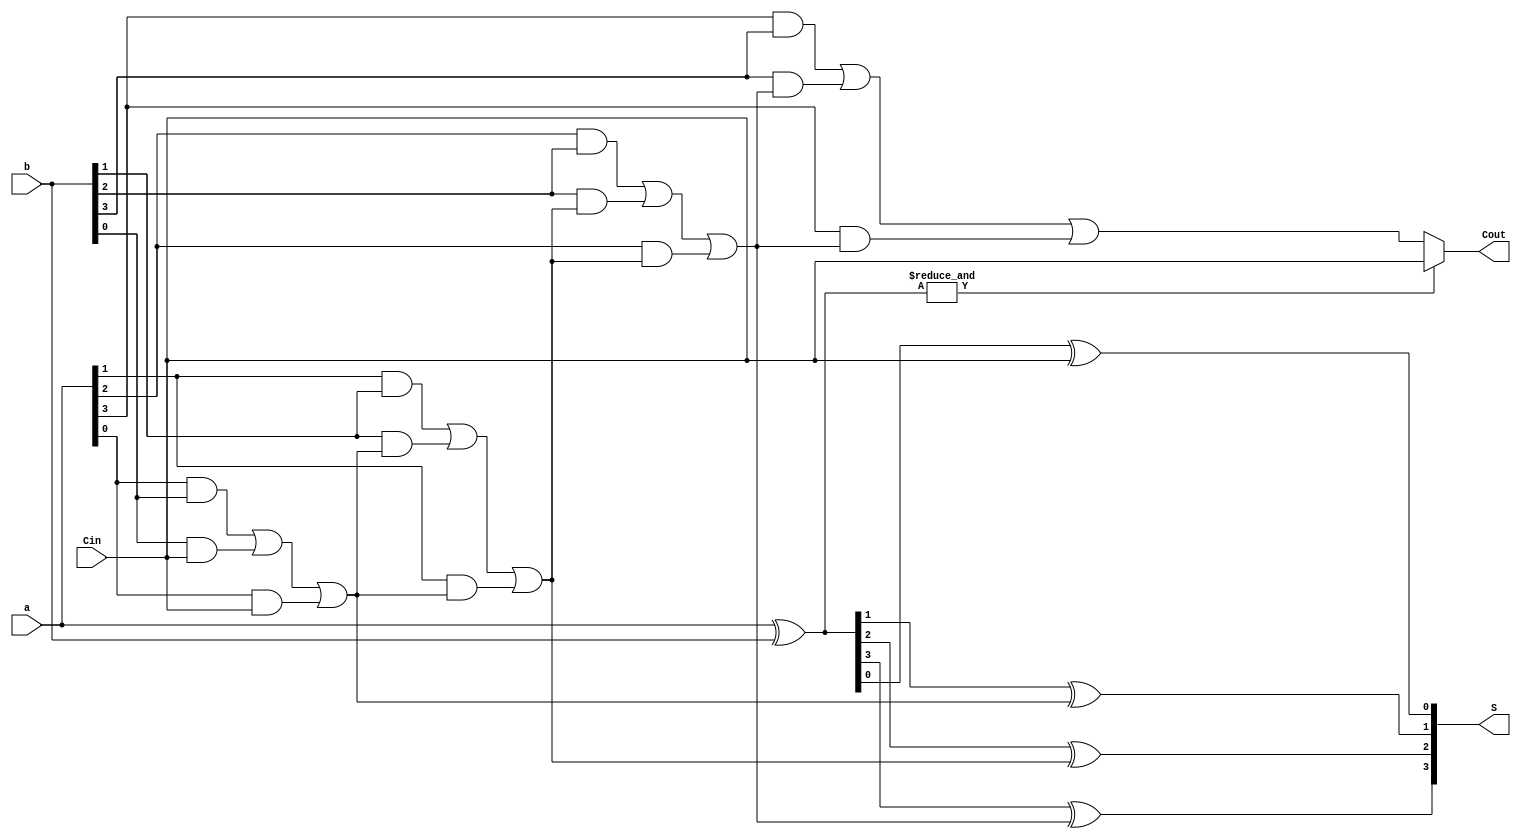
module CarryByPassAdder_4Bit(
	input [3:0]a,
	input [3:0]b,
	input Cin,
	output [3:0]S,
	output Cout
);

	wire [4:0] Carry;
	wire [3:0] P;
	wire Select;

	assign P = a ^ b;
	assign Select = &P;
	assign Carry[0] = Cin;

	genvar i;
	generate
		for(i = 0; i < 4; i=i+1) begin
			// found a small optimization
			assign S[i] = P[i] ^ Carry[i];
			assign Carry[i+1] = (a[i] & b[i]) | (b[i] & Carry[i]) | (a[i] && Carry[i]);
		end
	endgenerate

	assign Cout = Select == 1'b1 ? Cin : Carry[4];

endmodule
module CarryByPassAdder(
	input wire [31:0]a,
	input wire [31:0]b,
	input wire Cin,
	output wire [31:0]S,
	output wire Cout,
	output wire Overflow
);
	wire Carry[8:0];
	assign Carry[0]= Cin;
	genvar i;
	generate
		for(i = 0; i < 8; i = i+1) begin
			parameter k = i * 4;
			CarryByPassAdder_4Bit CBPA(
				a[k + 3 :k],
				b[k + 3 :k],
				Carry[i],
				S[k + 3 :k],
				Carry[i+1]
			);
		end
	endgenerate

	assign Cout = Carry[8];
	assign Overflow = (a[31] == b[31]) & (a[31] != S[31]);

endmodule